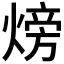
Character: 𪹚